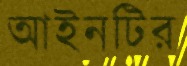
আইনটির